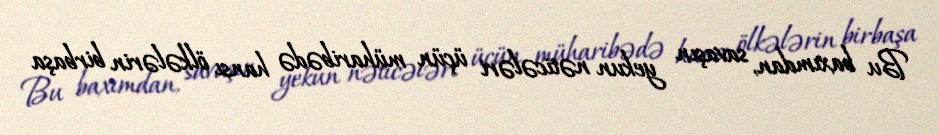
Bu baxımdan, savaşın yekun nəticələri üçün müharibədə hansı ölkələrin birbaşa